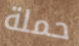
حملة